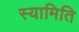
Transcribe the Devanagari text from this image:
स्यामिति